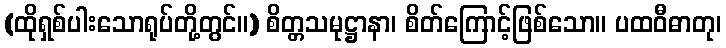
(ထိုရှစ်ပါးသောရုပ်တို့တွင်။) စိတ္တသမုဋ္ဌာနာ၊ စိတ်ကြောင့်ဖြစ်သော။ ပထဝီဓာတု၊